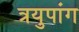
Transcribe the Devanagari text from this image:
त्रयुपांग